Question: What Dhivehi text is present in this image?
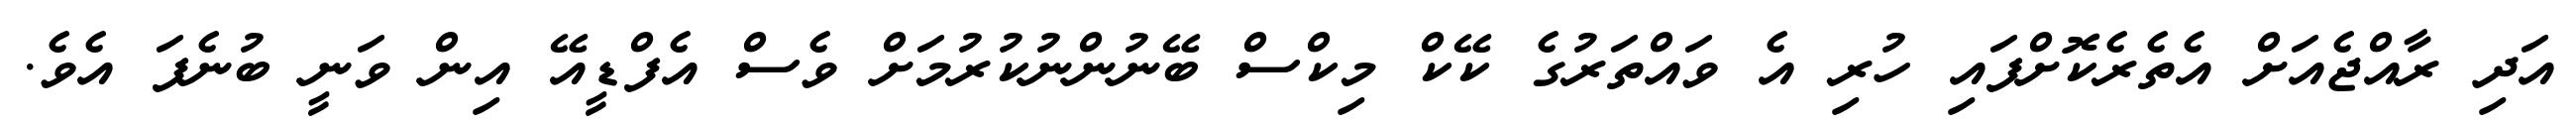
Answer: އަދި ރާއްޖެއަށް އެތެރެކޮށްފައި ހުރި އެ ވައްތަރުގެ ކޭކް މިކްސް ބޭނުންނުކުރުމަށް ވެސް އެފްޑީއޭ އިން ވަނީ ބުނެފަ އެވެ.